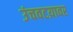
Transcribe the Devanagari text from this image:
उंचवटय़ावर